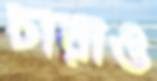
চারাও